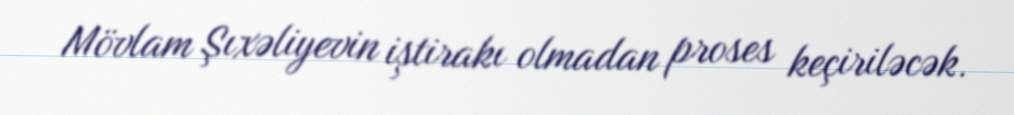
Mövlam Şıxəliyevin iştirakı olmadan proses keçiriləcək.